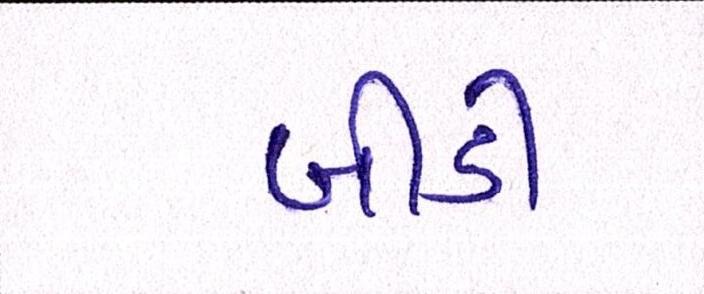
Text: બીડી